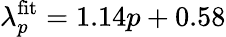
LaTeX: \lambda_{p}^{\mathrm{fit}}=1.14p+0.58